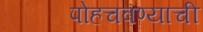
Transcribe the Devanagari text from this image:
पोहचवण्याची